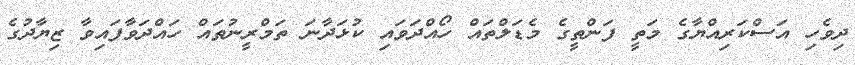
ދިވެހި އަސްކަރިއްޔާގެ މަތީ ފަންތީގެ މެޑަލްތައް ހޯއްދަވައި ކުޅަދާނަ ތަމްރީނުތައް ހައްދަވާފައިވާ ޒިޔާދުގެ